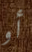
أو